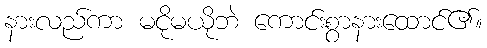
နားလည်ကာ မငိုမယိုဘဲ ကောင်းစွာနားထောင်၏။